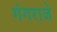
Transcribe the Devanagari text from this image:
गंगराजे